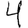
Digit: 4